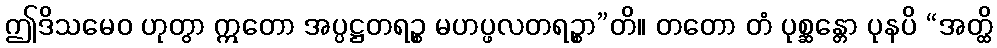
ဤဒိသမေဝ ဟုတွာ ဣတော အပ္ပဋ္ဌတရဉ္စ မဟပ္ဖလတရဉ္စာ”တိ။ တတော တံ ပုစ္ဆန္တော ပုနပိ “အတ္ထိ